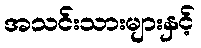
အသင်းသားများနှင့်